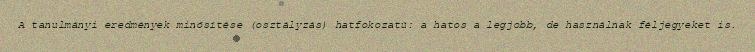
A tanulmányi eredmények minősítése (osztályzás) hatfokozatú: a hatos a legjobb, de használnak féljegyeket is.